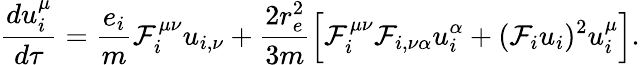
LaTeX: \frac{du_{i}^{\mu}}{d\tau}=\frac{e_{i}}{m}\mathcal{F}_{i}^{\mu\nu}u_{i,\nu}+\frac{2r_{e}^{2}}{3m}\Big[\Big.\mathcal{F}_{i}^{\mu\nu}\mathcal{F}_{i,\nu\alpha}u_{i}^{\alpha}+(\mathcal{F}_{i}u_{i})^{2}u_{i}^{\mu}\Big.\Big].